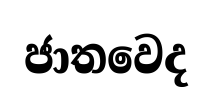
ජාතවෙද